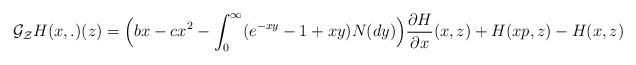
LaTeX: \begin{align*} \mathcal G_{\mathcal Z} H(x,.)(z) &= \Big( bx - cx^2 - \int_0^\infty (e^{-xy} - 1 + xy)N(dy)\Big)\frac{\partial H}{\partial x}(x,z) + H(xp,z) - H(x,z) \end{align*}